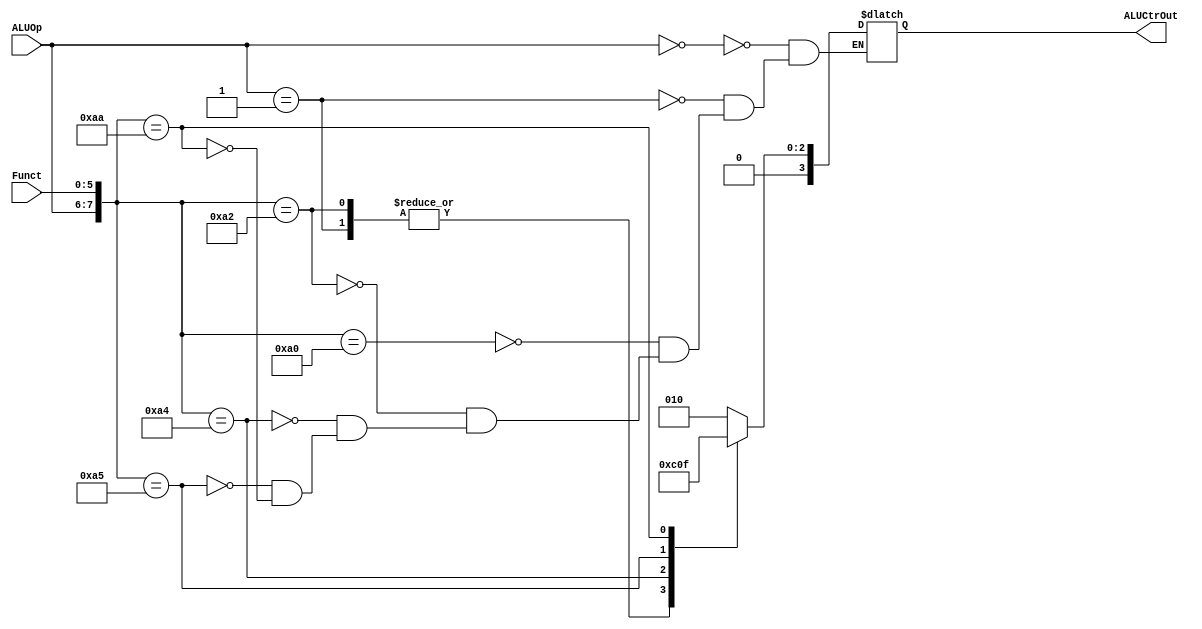
`timescale 1ns / 1ps
//////////////////////////////////////////////////////////////////////////////////
// Company: 
// Engineer: 
// 
// Design Name: 
// Module Name: ctr
// Project Name: 
// Target Devices: 
// Tool Versions: 
// Description: 
// 
// Dependencies: 
// 
// Revision:
// Revision 0.01 - File Created
// Additional Comments:
// 
//////////////////////////////////////////////////////////////////////////////////


module ALUctr(
    input [5:0] Funct,
    input [1:0] ALUOp,
    output reg [3:0] ALUCtrOut
    );    
    
    always @ (ALUOp or Funct)
    begin 
        casex ( {ALUOp, Funct} )
            8'b00xxxxxx: //lw
            ALUCtrOut=4'b0010;
            
            8'b00xxxxxx:   //sw
            ALUCtrOut=4'b0010;
            
            8'b01xxxxxx: //beq
            ALUCtrOut=4'b0110;
            
            8'b10100000:    //add
            ALUCtrOut=4'b0010;
            
            8'b10100010:    //subtract
            ALUCtrOut=4'b0110;
            
            8'b10100100:    //and
            ALUCtrOut=4'b0000;
            
            8'b10100101:    //or
            ALUCtrOut=4'b0001;
            
            8'b10101010:    //set on less htan
            ALUCtrOut=4'b0111;
            
        endcase
    end
    
endmodule